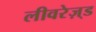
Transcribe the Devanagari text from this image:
लीवरेज़्ड